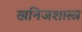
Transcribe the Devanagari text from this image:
खनिजशास्त्र